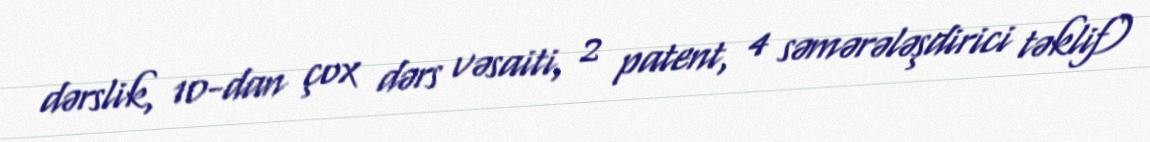
dərslik, 10-dan çox dərs vəsaiti, 2 patent, 4 səmərələşdirici təklif)